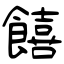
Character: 饎